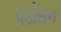
પડોસન